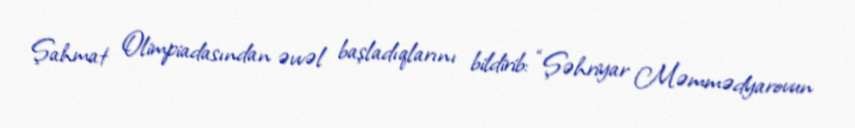
Şahmat Olimpiadasından əvvəl başladıqlarını bildirib: “Şəhriyar Məmmədyarovun